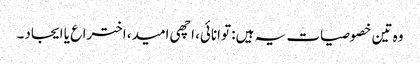
وہ تین خصوصیات یہ ہیں: توانائی، اچھی امید، اختراع یا ایجاد۔